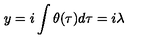
y = i \int \theta ( \tau ) d \tau = i \lambda